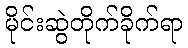
မိုင်းဆွဲတိုက်ခိုက်ရာ